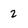
Character: 2